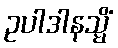
ဥပါဒါနသ္မိံ